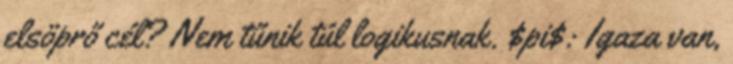
elsöprő cél? Nem tűnik túl logikusnak. $pi$: Igaza van,